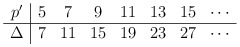
\begin{align*}\begin{array}{c|cccccccc}p' & 5 & 7 & 9 & 11 & 13 & 15 & \cdots\\ \hline\Delta & 7 & 11& 15 & 19 & 23 & 27 & \cdots\end{array}\end{align*}